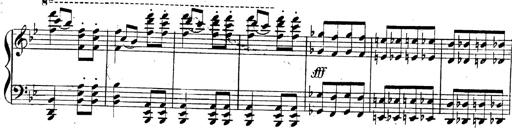
Title: 3 Caprices-Valses
Composer: Franz Liszt